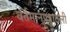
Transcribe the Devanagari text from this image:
वर्तमानपत्रातली